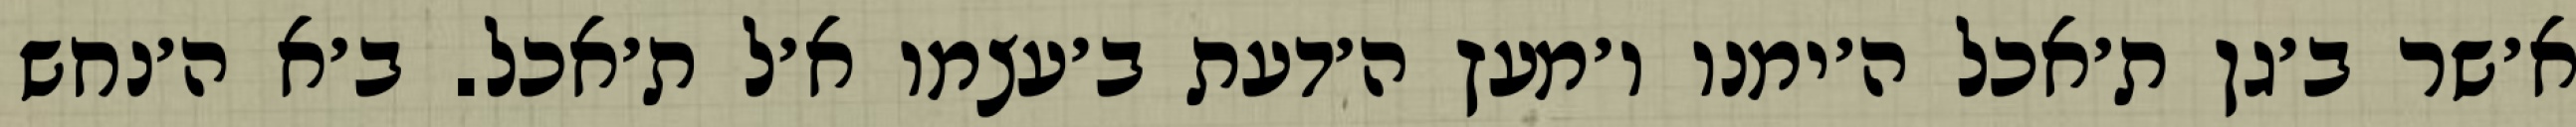
א׳שר ב׳גן ת׳אכל ה׳ימנו ו׳מעץ ה׳דעת ב׳עצמו א׳ל ת׳אכל. ב׳א ה׳נחש